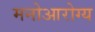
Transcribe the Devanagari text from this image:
मनोआरोग्य